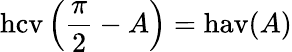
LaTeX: \operatorname{hcv}\left({\frac{\pi}{2}}-A\right)=\operatorname{hav}(A)